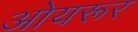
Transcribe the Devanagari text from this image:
ओयरूर